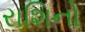
રાશિનો